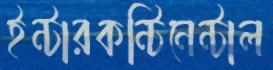
ইন্টারকন্টিনেন্টাল